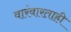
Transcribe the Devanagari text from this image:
वारंवारताही